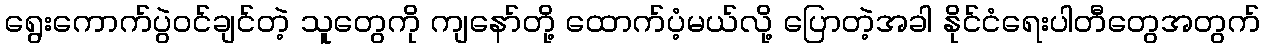
ရွေးကောက်ပွဲဝင်ချင်တဲ့ သူတွေကို ကျနော်တို့ ထောက်ပံ့မယ်လို့ ပြောတဲ့အခါ နိုင်ငံရေးပါတီတွေအတွက်